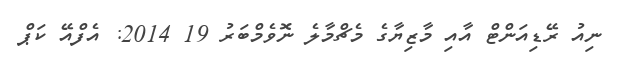
ނިއު ރޭޑިއަންޓް އާއި މާޒިޔާގެ މެޗްމާލެ ނޮވެމްބަރު 19 2014: އެފްއޭ ކަޕް